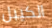
الكيبل